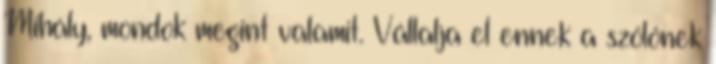
Mihály, mondok megint valamit. Vállalja el ennek a szőlőnek